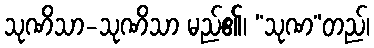
သုဏိသာ-သုဏိသာ မည်၏၊ “သုဏ”တည်၊